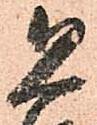
恐